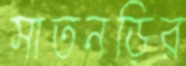
সাতনড়ির